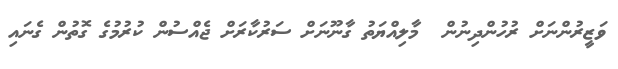
ވަޒީރުންނަށް ރުހުންދިނުން  މާލިއްޔަތު ގާނޫނަށް ސަރުކާރަށް ޖެއްސުން ކުރުމުގެ ގޮތުން ގެނައި